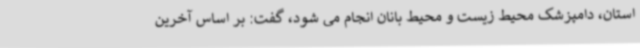
استان، دامپزشک محیط زیست و محیط بانان انجام می شود، گفت: بر اساس آخرین